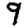
Digit: 9